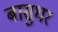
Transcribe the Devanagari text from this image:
बासुधर